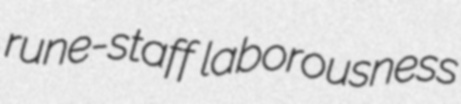
rune-staff laborousness